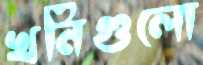
খনিগুলো